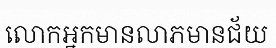
លោកអ្នកមានលាភមានជ័យ